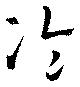
冷